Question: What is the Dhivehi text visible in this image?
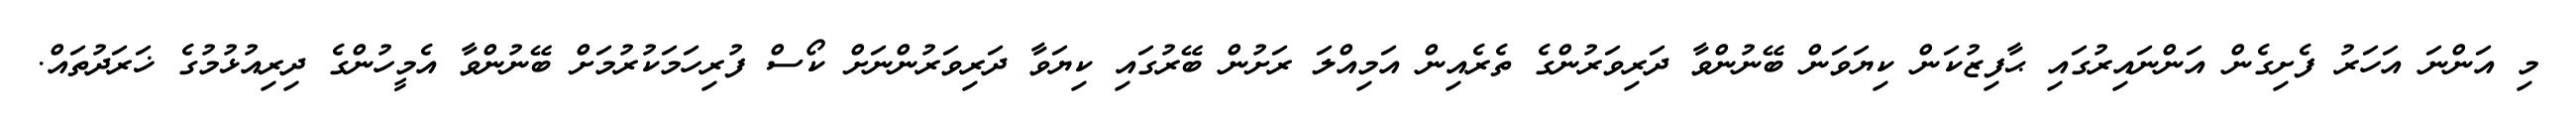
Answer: މި އަންނަ އަހަރު ފެށިގެން އަންނައިރުގައި ޙާފިޒުކަން ކިޔަވަން ބޭނުންވާ ދަރިވަރުންގެ ތެރެއިން އަމިއްލަ ރަށުން ބޭރުގައި ކިޔަވާ ދަރިވަރުންނަށް ކޯސް ފުރިހަމަކުރުމަށް ބޭނުންވާ އެމީހުންގެ ދިރިއުޅުމުގެ ޚަރަދުތައް.